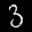
Label: 3